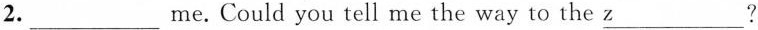
2.___me.Could you tell me the way to the z___ ?